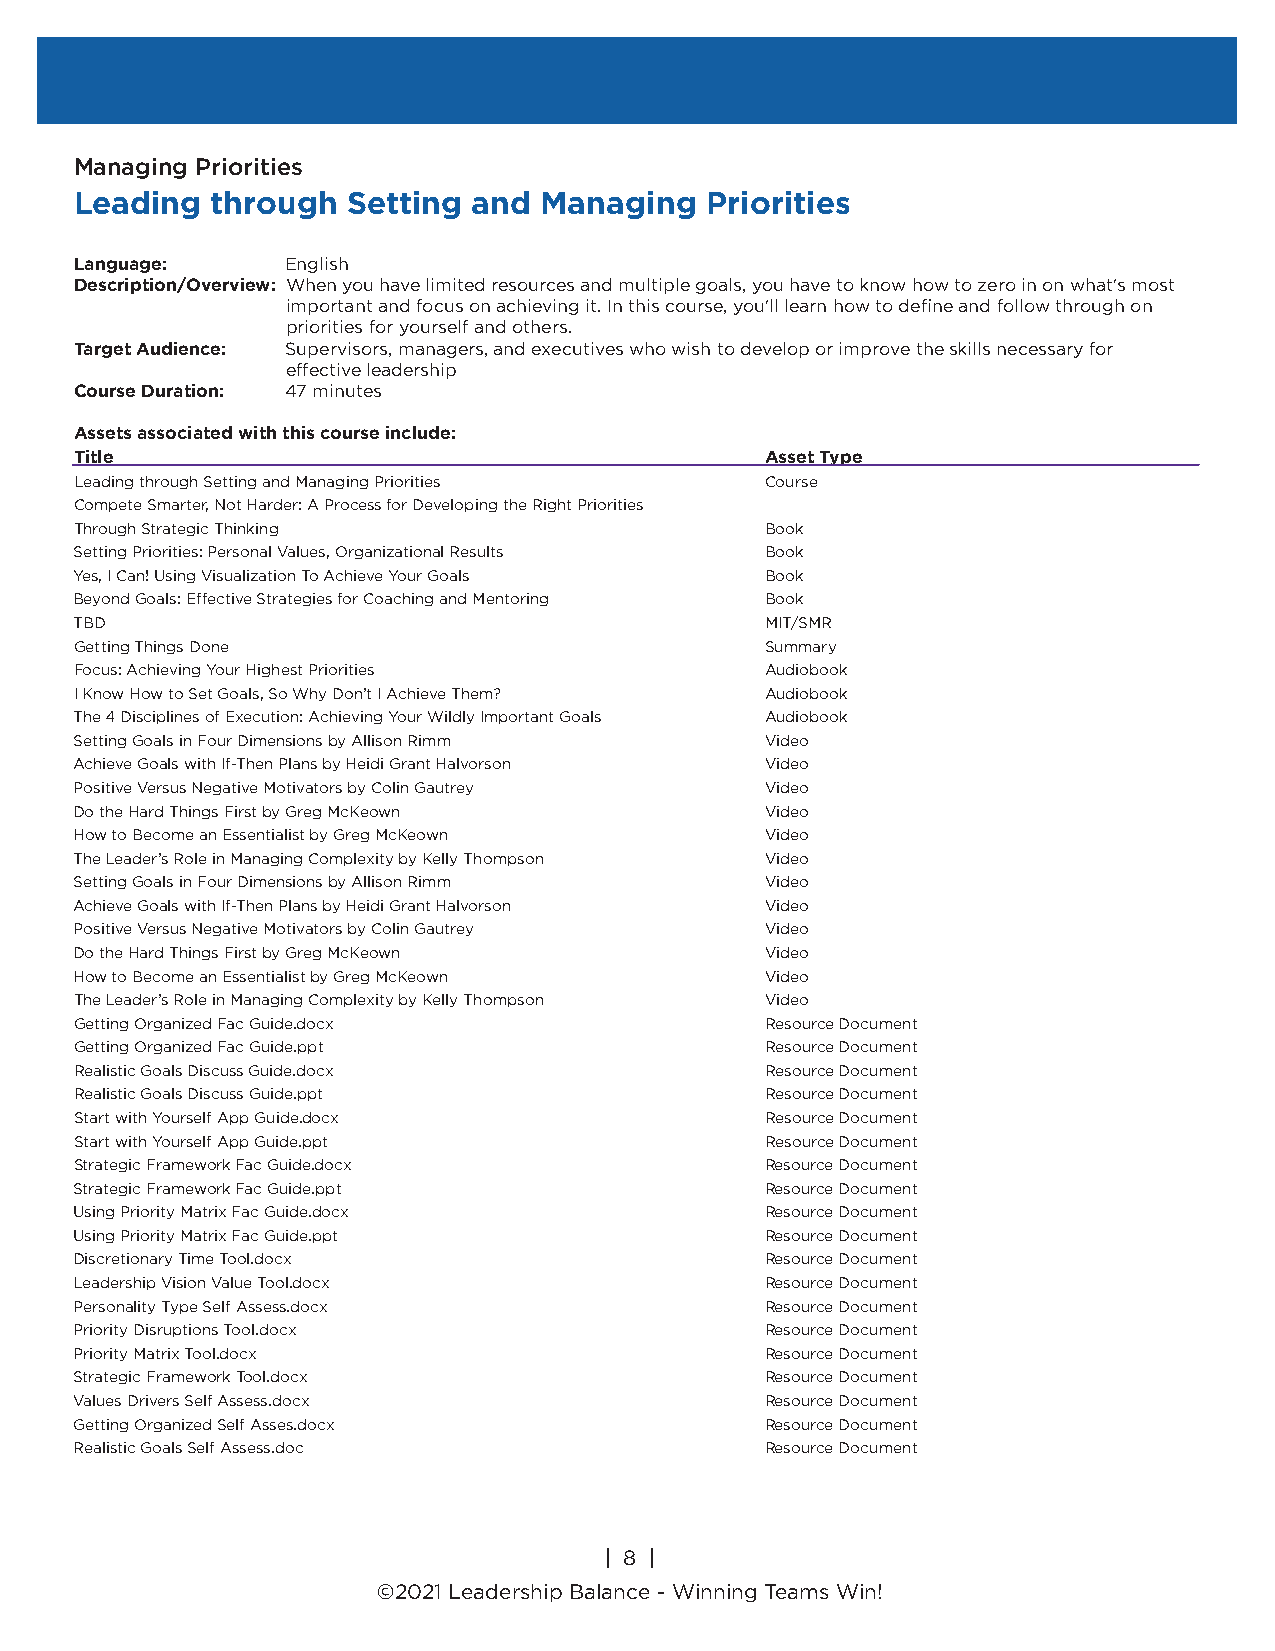
Managing Priorities
 Leading  through  Setting and  Managing   Priorities
 Language:     English
 Description/Overview: When you have limited resources and multiple goals, you have to know how to zero in on what's most
 important and focus on achieving it. In this course, you'll learn how to define and follow through on
 priorities for yourself and others.
 Target Audience: Supervisors, managers, and executives who wish to develop or improve the skills necessary for
 effective leadership
 Course Duration: 47 minutes
 Assets associated with this course include:
 Title                                         Asset Type
 Leading through Setting and Managing Priorities Course
 Compete Smarter, Not Harder: A Process for Developing the Right Priorities
 Through Strategic Thinking                    Book
 Setting Priorities: Personal Values, Organizational Results Book
 Yes, I Can! Using Visualization To Achieve Your Goals Book
 Beyond Goals: Effective Strategies for Coaching and Mentoring Book
 TBD                                           MIT/SMR
 Getting Things Done                           Summary
 Focus: Achieving Your Highest Priorities      Audiobook
 I Know How to Set Goals, So Why Don’t I Achieve Them? Audiobook
 The 4 Disciplines of Execution: Achieving Your Wildly Important Goals Audiobook
 Setting Goals in Four Dimensions by Allison Rimm Video
 Achieve Goals with If-Then Plans by Heidi Grant Halvorson Video
 Positive Versus Negative Motivators by Colin Gautrey Video
 Do the Hard Things First by Greg McKeown      Video
 How to Become an Essentialist by Greg McKeown Video
 The Leader’s Role in Managing Complexity by Kelly Thompson Video
 Setting Goals in Four Dimensions by Allison Rimm Video
 Achieve Goals with If-Then Plans by Heidi Grant Halvorson Video
 Positive Versus Negative Motivators by Colin Gautrey Video
 Do the Hard Things First by Greg McKeown      Video
 How to Become an Essentialist by Greg McKeown Video
 The Leader’s Role in Managing Complexity by Kelly Thompson Video
 Getting Organized Fac Guide.docx              Resource Document
 Getting Organized Fac Guide.ppt               Resource Document
 Realistic Goals Discuss Guide.docx            Resource Document
 Realistic Goals Discuss Guide.ppt             Resource Document
 Start with Yourself App Guide.docx            Resource Document
 Start with Yourself App Guide.ppt             Resource Document
 Strategic Framework Fac Guide.docx            Resource Document
 Strategic Framework Fac Guide.ppt             Resource Document
 Using Priority Matrix Fac Guide.docx          Resource Document
 Using Priority Matrix Fac Guide.ppt           Resource Document
 Discretionary Time Tool.docx                  Resource Document
 Leadership Vision Value Tool.docx             Resource Document
 Personality Type Self Assess.docx             Resource Document
 Priority Disruptions Tool.docx                Resource Document
 Priority Matrix Tool.docx                     Resource Document
 Strategic Framework Tool.docx                 Resource Document
 Values Drivers Self Assess.docx               Resource Document
 Getting Organized Self Asses.docx             Resource Document
 Realistic Goals Self Assess.doc               Resource Document
 | 8 |
 ©2018 Leadership Balance®, division of Liderança Group, Inc.
 | 8 |
 ©2021 Leadership Balance - Winning Teams Win!